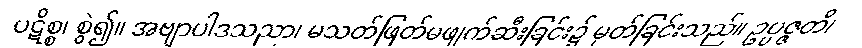
ပဋိစ္စ၊ စွဲ၍။ အဗျာပါဒသညာ၊ မသတ်ဖြတ်မဖျက်ဆီးခြင်း၌ မှတ်ခြင်းသည်။ ဥပ္ပဇ္ဇတိ၊